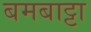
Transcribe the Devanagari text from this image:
बमबाट्टा